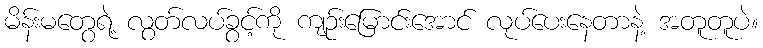
မိန်းမတွေရဲ့ လွတ်လပ်ခွင့်ကို ကျဉ်းမြောင်းအောင် လုပ်ပေးနေတာနဲ့ အတူတူပဲ။